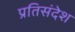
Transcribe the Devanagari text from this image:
प्रतिसंदेश